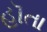
હૉતા